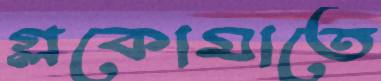
গ্লকোমাতে